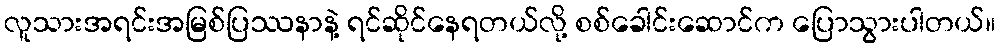
လူသားအရင်းအမြစ်ပြဿနာနဲ့ ရင်ဆိုင်နေရတယ်လို့ စစ်ခေါင်းဆောင်က ပြောသွားပါတယ်။